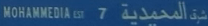
MOHAMMADIA csi 7